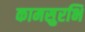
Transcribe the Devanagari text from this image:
कामसुरभि